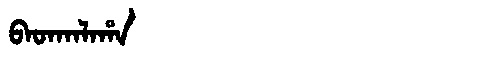
Manchu: ᠪᠠᡨᡴᠠᠯᠠᡥᠠ
Romanization: BATKALAHA